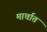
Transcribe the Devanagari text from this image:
मार्चात